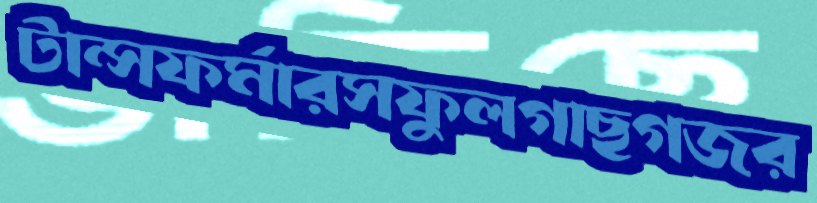
টান্সফর্মারসফুলগাছগজর